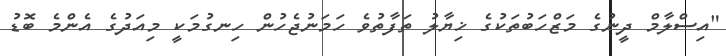
"އިސްލާމް ދީނުގެ މަޒްހަބުތަކުގެ ޚިޔާލު ތަފާތުވެ ހަމަނުޖެހުން ހިނގުމަކީ މިއަދުގެ އެންމެ ބޮޑު